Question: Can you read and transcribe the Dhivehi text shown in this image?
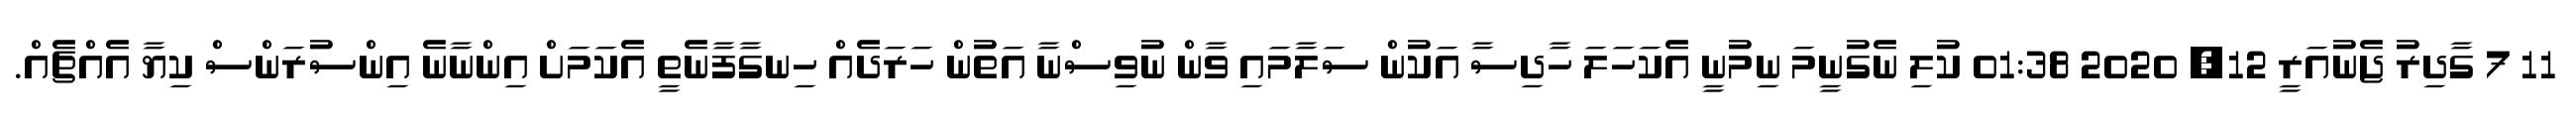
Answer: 11 7 ގާދިރު ޖެނުއަރީ 12, 2020 01:38 ކުލި ނެގުނީމަ ނިމުނީ އެކަހަލަ ހާދިސާ އަކުން ސަލާމައި ވާން ނުވިސްނާ އަތުން ހަރަދެއް ހިނގާފާނެތީ އެކަމަށް އިންނާނެ އިންސުރަންސް ކިޔާ އެއްޗެއް.